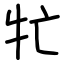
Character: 牤